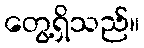
တွေ့ရှိသည်။